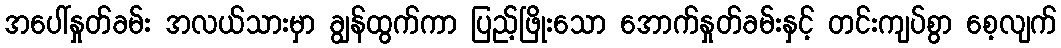
အပေါ်နှုတ်ခမ်း အလယ်သားမှာ ချွန်ထွက်ကာ ပြည့်ဖြိုးသော အောက်နှုတ်ခမ်းနှင့် တင်းကျပ်စွာ စေ့လျက်